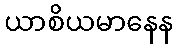
ယာစိယမာနေန